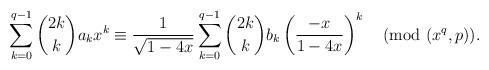
LaTeX: \begin{align*}\sum_{k=0}^{q-1}\binom{2k}{k} a_k x^k\equiv\frac{1}{\sqrt{1-4x}}\sum_{k=0}^{q-1}\binom{2k}{k}b_k \left(\frac{-x}{1-4x}\right)^k\pmod{(x^q,p)}.\end{align*}